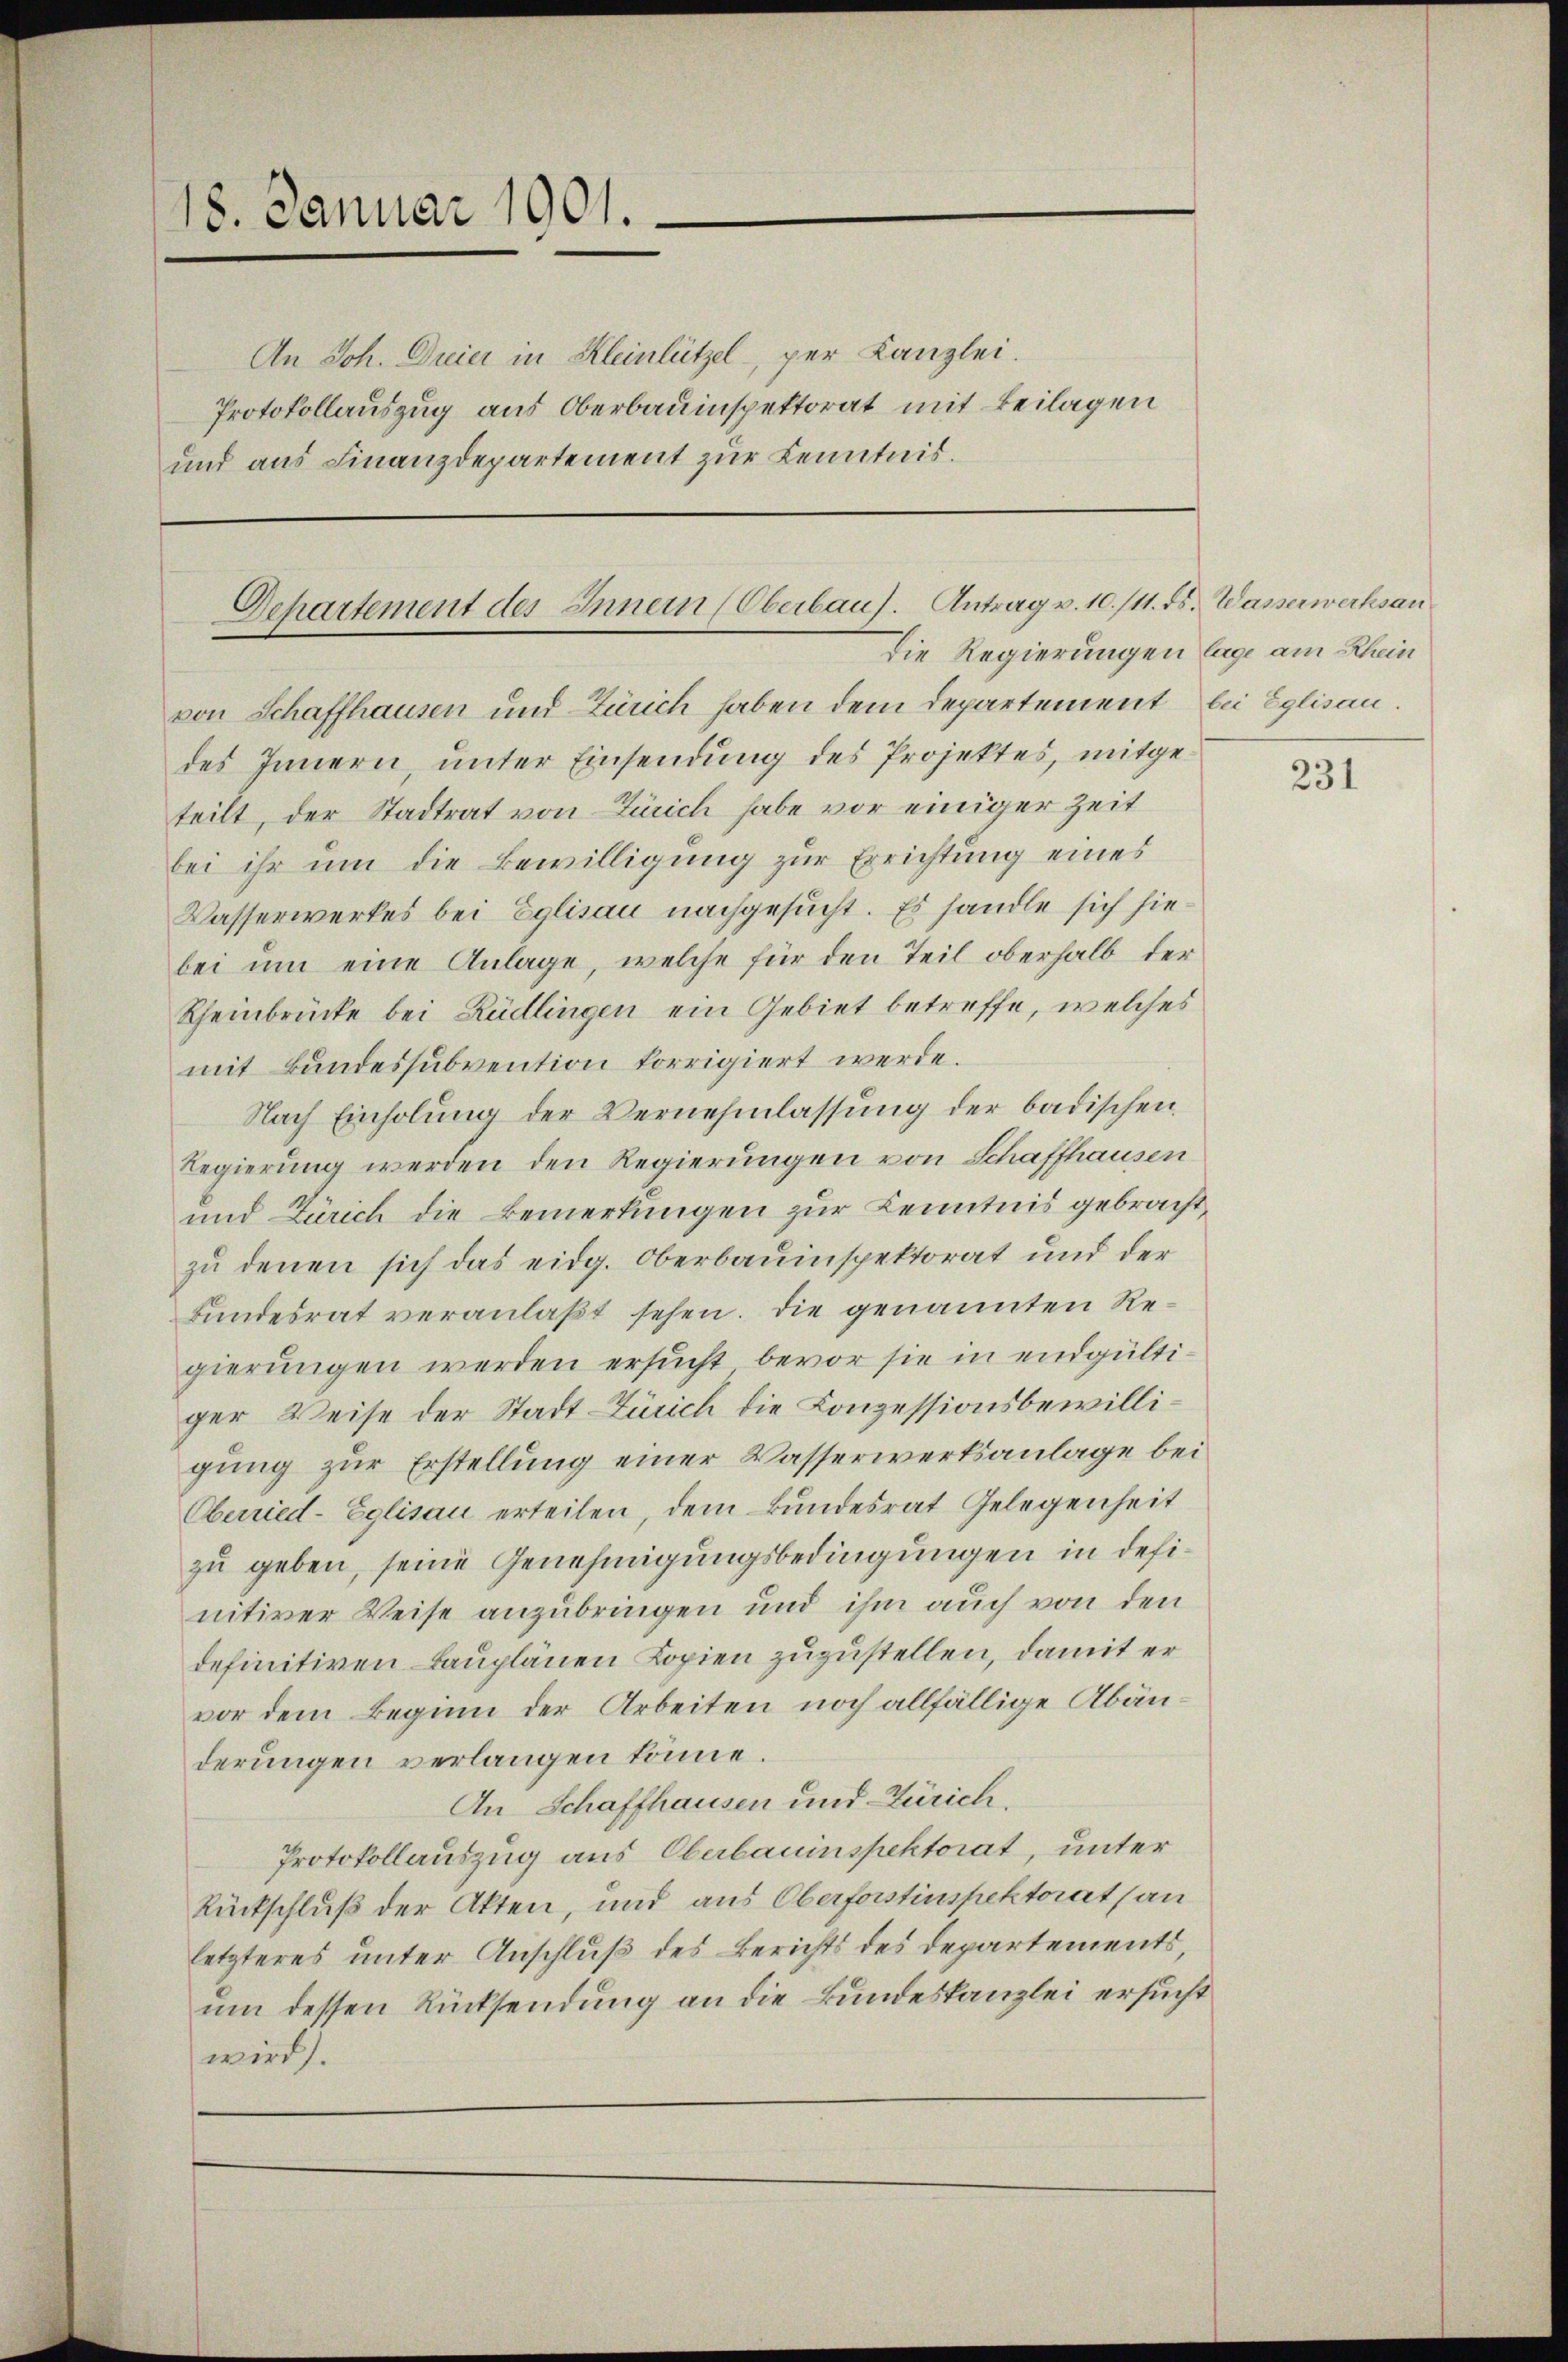
18. Januar 1901.
An Joh. Dreier in Kleinlützel, per Kanzlei.
Protokollauszug aus Oberbauinspektorat mit Beilagen
und aus Finanzdepartement zur Kenntnis.

Dehartement des Innern (Oberbaus. Antrag v. 10./11. ds. Wasserwerksan
Die Regierungen lage am Rhein

von Schaffhausen und Zürich haben dem Departement bei Eglisau.
des Innern, unter Einsendung des Projektes, mitgeteilt, der Stadtrat von Zürich habe vor einiger Zeit
bei ihr um die Bewilligung zur Errichtung eines
Wasserwerkes bei Eglisau nachgesucht. Es handle sich hiebei um eine Anlage, welche für den Teil oberhalb der
Rheinbrücke bei Rüdlingen ein Gebiet betreffe, welches
mit Bundessubvention korrigiert werde.
Nach Einholung der Vernehmlassung der badischen
Regierung werden den Regierungen von Schaffhausen
und Zürich die Bemerkungen zur Kenntnis gebracht,
zu denen sich das eidg. Oberbauinspektorat und der
Bundesrat veranlaßt sehen. Die genannten Regierungen werden ersucht bevor sie in endgültiger Weise der Stadt-Zürich die Conzessionsbewilligung zur Erstellung einer Wasserwerksanlage bei
Oberried-Eglisau erteilen, dem Bundesrat Gelegenheit
zu geben, seine Genehmigungsbedingungen in definitiver Weise anzubringen und ihm auch von den
definitiven Bauplänen Kopien zuzustellen, damit er
vor dem Beginn der Arbeiten noch allfällige Abänderungen verlangen könne.
An Schaffhausen und Zürich.
Protokollauszug aus Oberbauinspektorat, unter
Rückschluß der Akten, und aus Oberforstinspektoratsan
letzteres unter Anschluß des Berichts des Departements,
um dessen Rücksendung an die Bundeskanzlei ersucht
wird).

231